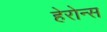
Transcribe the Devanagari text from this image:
हेरोन्स